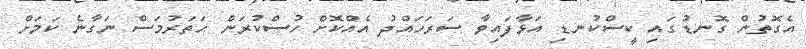
އެގޮތުން ގޮނޑުގައި ކީސްކުނޑި އަޅާފައިވާ ސަރަހައްދު އެއްކޮށް ހުސްކުރަން ހަތަރުމަސް ނަގާނެ ކަމަށް